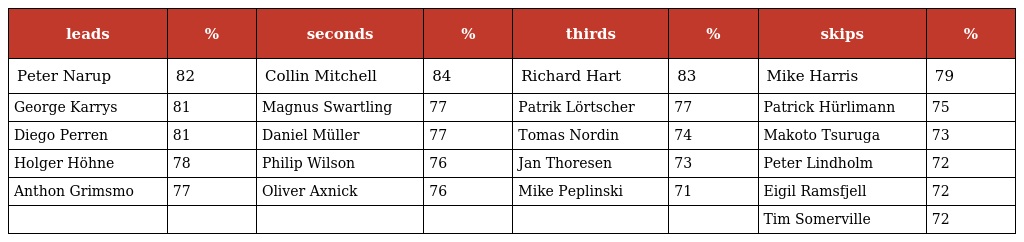
| leads | % | seconds | % | thirds | % | skips | % |
 | --- | --- | --- | --- | --- | --- | --- | --- |
 | Peter Narup | 82 | Collin Mitchell | 84 | Richard Hart | 83 | Mike Harris | 79 |
 | George Karrys | 81 | Magnus Swartling | 77 | Patrik Lörtscher | 77 | Patrick Hürlimann | 75 |
 | Diego Perren | 81 | Daniel Müller | 77 | Tomas Nordin | 74 | Makoto Tsuruga | 73 |
 | Holger Höhne | 78 | Philip Wilson | 76 | Jan Thoresen | 73 | Peter Lindholm | 72 |
 | Anthon Grimsmo | 77 | Oliver Axnick | 76 | Mike Peplinski | 71 | Eigil Ramsfjell | 72 |
 |  |  |  |  |  |  | Tim Somerville | 72 |